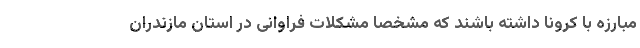
مبارزه با کرونا داشته باشند که مشخصا مشکلات فراوانی در استان مازندران